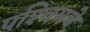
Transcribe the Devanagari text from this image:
पश्‍चिमचे